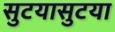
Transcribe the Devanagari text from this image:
सुटयासुटया